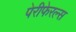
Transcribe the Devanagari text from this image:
पेरीफेरल्स